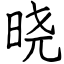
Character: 晓